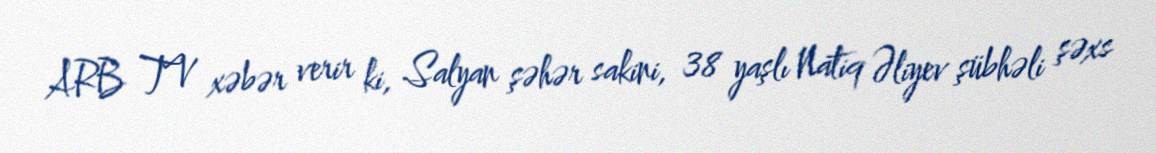
ARB TV xəbər verir ki, Salyan şəhər sakini, 38 yaşlı Natiq Əliyev şübhəli şəxs